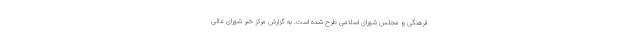
فرهنگی و مجلس شورای اسلامی طرح شده است. به گزارش مرکز خبر شورای عالی